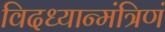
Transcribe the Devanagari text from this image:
विदध्यान्मंत्रिणं